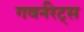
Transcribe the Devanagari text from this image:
गवर्नरेट्स